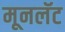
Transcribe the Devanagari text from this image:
मूनलॅट